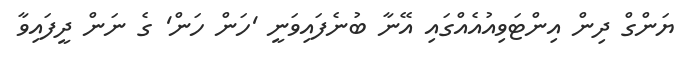
ޔަންގް ދިން އިންޓަވިއުއެއްގައި އޭނާ ބުނެފައިވަނީ 'ހަން ހަން' ގެ ނަން ދީފައިވާ